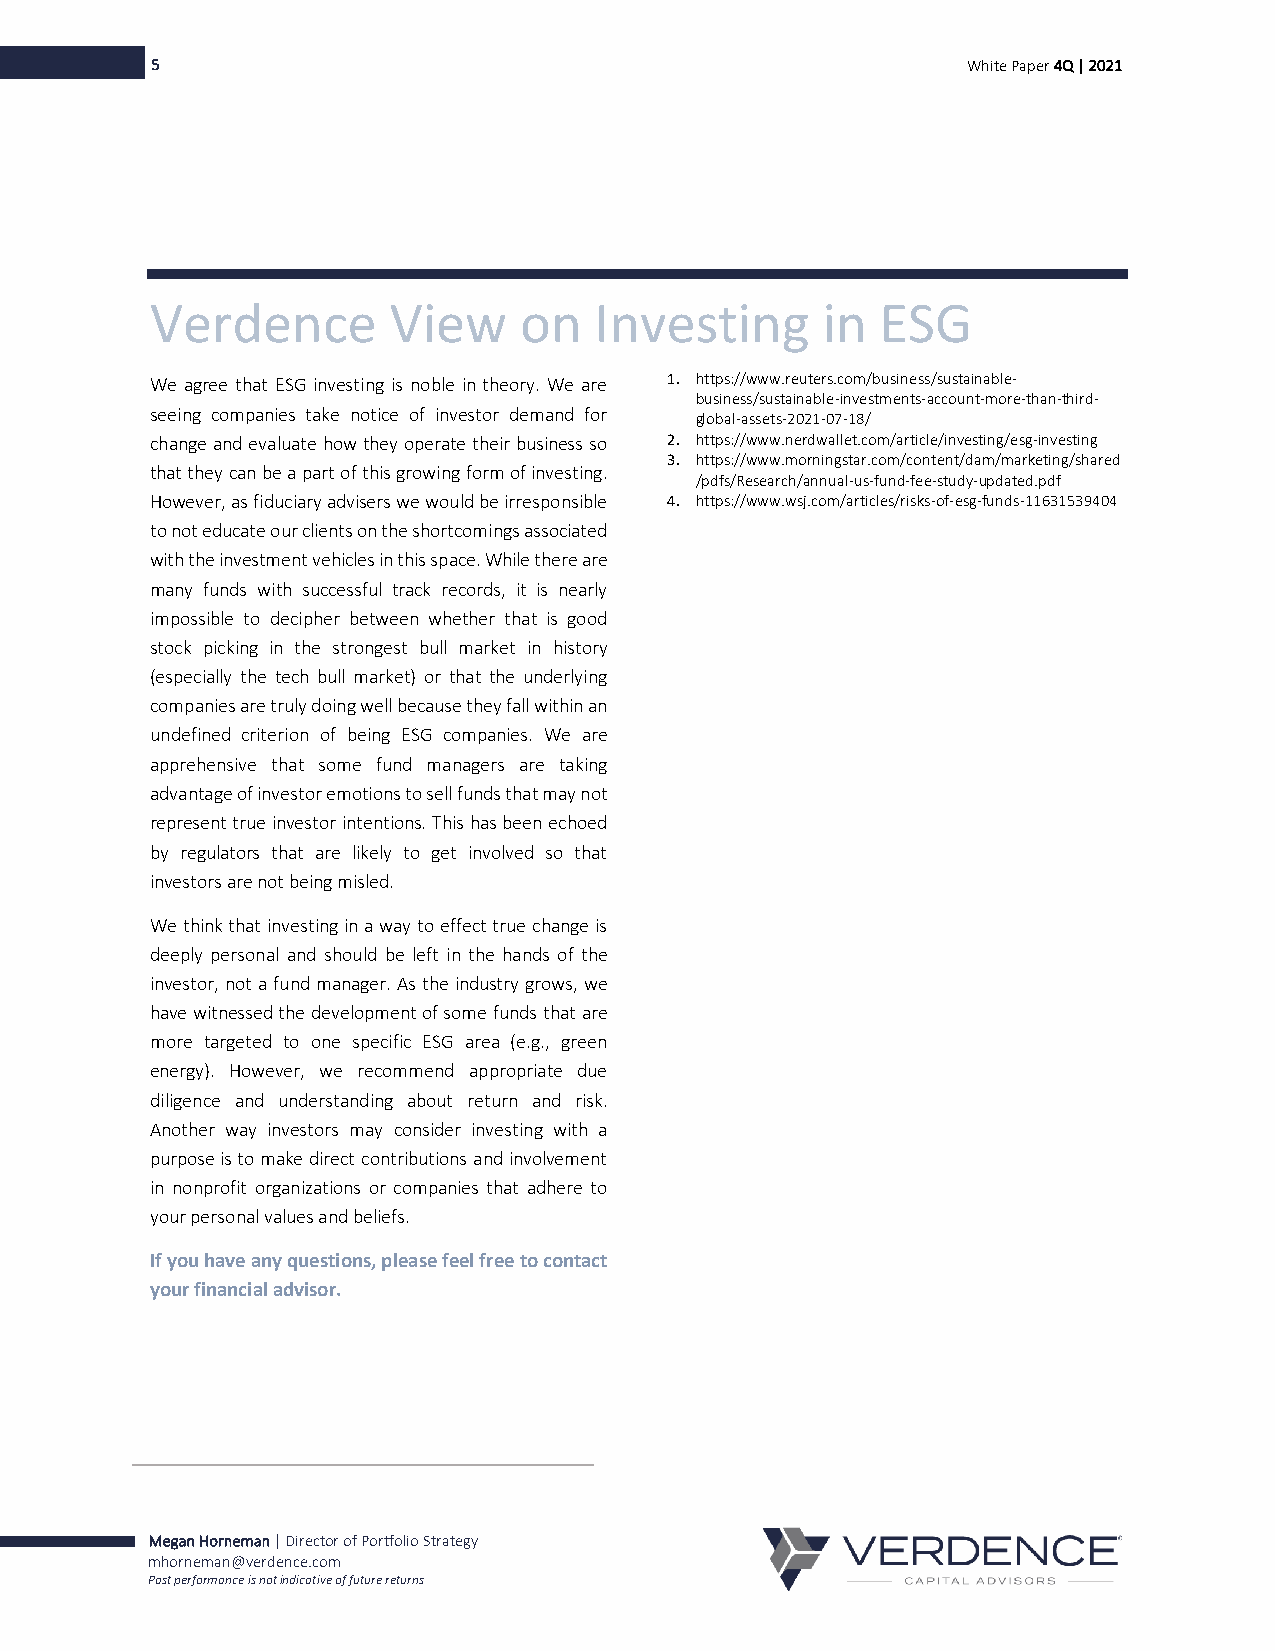
5                                                     White Paper 4Q | 2021
 Verdence        View    on   Investing      in  ESG
 We agree that ESG investing is noble in theory. We are 1. https://www.reuters.com/business/sustainable-
 business/sustainable-investments-account-more-than-third-
 seeing companies take notice of investor demand for global-assets-2021-07-18/
 change and evaluate how they operate their business so 2. https://www.nerdwallet.com/article/investing/esg-investing
 3. https://www.morningstar.com/content/dam/marketing/shared
 that they can be a part of this growing form of investing.
 /pdfs/Research/annual-us-fund-fee-study-updated.pdf
 However, as fiduciary advisers we would be irresponsible 4. https://www.wsj.com/articles/risks-of-esg-funds-11631539404
 to not educate our clients on the shortcomings associated
 with the investment vehicles in this space. While there are
 many funds with successful track records, it is nearly
 impossible to decipher between whether that is good
 stock picking in the strongest bull market in history
 (especially the tech bull market) or that the underlying
 companies are truly doing well because they fall within an
 undefined criterion of being ESG companies. We are
 apprehensive that some fund managers are taking
 advantage of investor emotions to sell funds that may not
 represent true investor intentions. This has been echoed
 by regulators that are likely to get involved so that
 investors are not being misled.
 We think that investing in a way to effect true change is
 deeply personal and should be left in the hands of the
 investor, not a fund manager. As the industry grows, we
 have witnessed the development of some funds that are
 more targeted to one specific ESG area (e.g., green
 energy). However, we recommend appropriate due
 diligence and understanding about return and risk.
 Another way investors may consider investing with a
 purpose is to make direct contributions and involvement
 in nonprofit organizations or companies that adhere to
 your personal values and beliefs.
 If you have any questions, please feel free to contact
 your financial advisor.
 Megan Horneman | Director of Portfolio Strategy
 mhorneman@verdence.com
 Past performance is not indicative of future returns